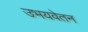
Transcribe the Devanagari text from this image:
उभयवेतन